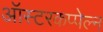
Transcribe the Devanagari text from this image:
ऑस्टरकप्पेल्न